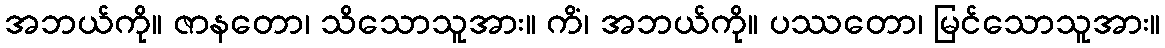
အဘယ်ကို။ ဇာနတော၊ သိသောသူအား။ ကိံ၊ အဘယ်ကို။ ပဿတော၊ မြင်သောသူအား။